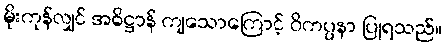
မိုးကုန်လျှင် အဓိဋ္ဌာန် ကျသောကြောင့် ဝိကပ္ပနာ ပြုရသည်။